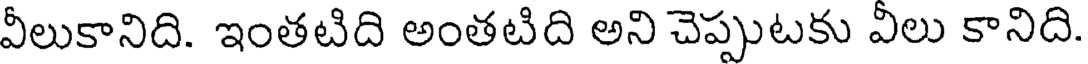
వీలుకానిది. ఇంతటిది అంతటిది అని చెప్పుటకు వీలు కానిది